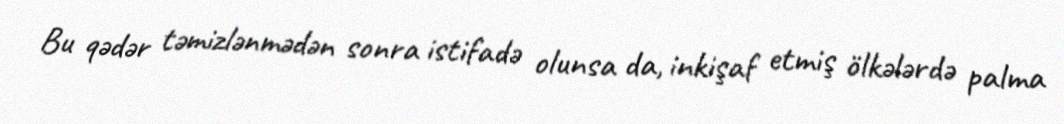
Bu qədər təmizlənmədən sonra istifadə olunsa da, inkişaf etmiş ölkələrdə palma